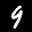
Label: 9